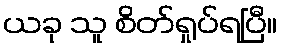
ယခု သူ စိတ်ရှုပ်ရပြီ။